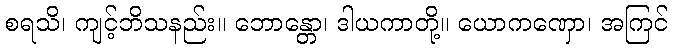
စရသိ၊ ကျင့်ဘိသနည်း။ ဘောန္တော၊ ဒါယကာတို့။ ယောကဏှော၊ အကြင်